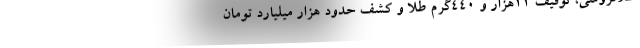
طلافروشی، توقیف ۱۱هزار و ۴۴۰گرم طلا و کشف حدود هزار میلیارد تومان